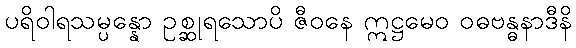
ပရိဝါရသမ္ပန္နော ဥစ္ဆုရသောပိ ဇီဝနေ ဣဋ္ဌမေဝ ဝဓဗန္ဓနာဒီနိ